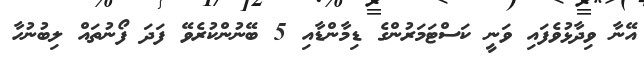
އޭނާ ވިދާޅުވެފައި ވަނީ ކަސްޓަމަރުންގެ ޑިމާންޑާއި 5 ބޭނުންކުރެވޭ ފަދަ ފޯނުތައް ލިބުނުހާ